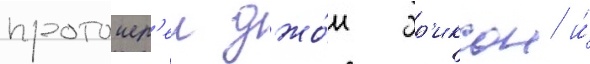
протоиер'еи джо́н эр'иксон и́